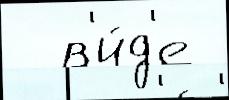
  в'и́д'е